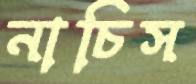
নাচিস